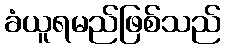
ခံယူရမည်ဖြစ်သည်